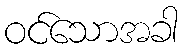
ဝင်သောအခါ